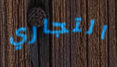
التجاري